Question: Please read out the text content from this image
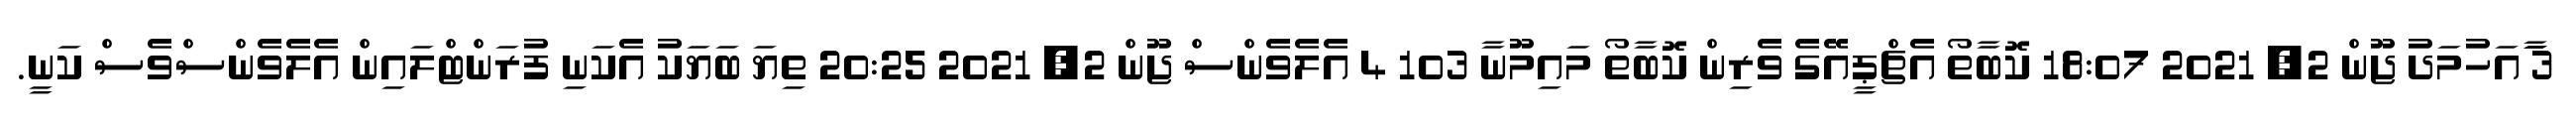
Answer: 3 ާައަހުމަދު ޖޫން 2, 2021 18:07 ކޮބާތޯ އެޗްޕީއޭގެ ވެރިން ކޮބާތޯ މައިމޫނާ 103 4 އެލެވެންސް ޖޫން 2, 2021 20:25 ތިޔަ ބަޔަކު އެކަނި ފުރަންޓްލައިން އެލެވެންސްވެސް ކަނީ.